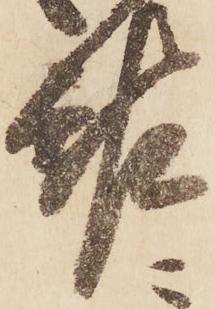
報